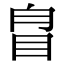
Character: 𥅕